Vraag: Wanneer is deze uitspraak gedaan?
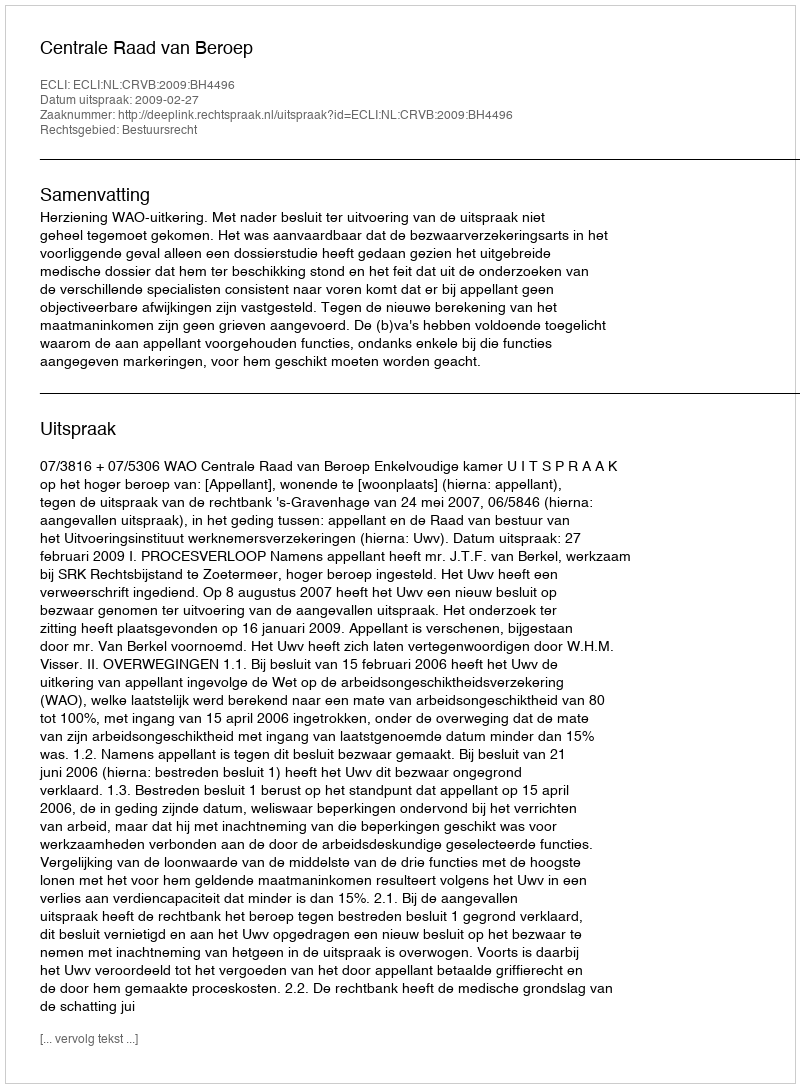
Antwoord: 2009-02-27